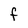
Character: F